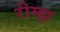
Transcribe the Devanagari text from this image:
रीम्झ